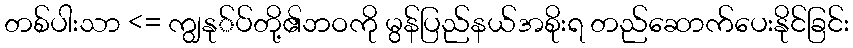
တစ်ပါးသာ <= ကျွနု်ပ်တို့၏ဘဝကို မွန်ပြည်နယ်အစိုးရ တည်ဆောက်ပေးနိုင်ခြင်း